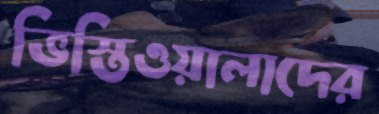
ভিস্তিওয়ালাদের